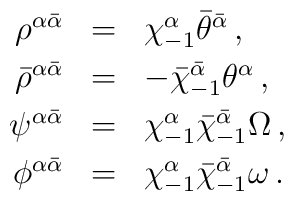
\renewcommand{\arraystretch}{1.2}  \begin{array}{rcl}    \rho^{\alpha\bar\alpha} &=& \chi^\alpha_{-1}    \bar\theta^{\bar\alpha}\,, \\    \bar\rho^{\alpha\bar\alpha} &=& -\bar\chi^{\bar\alpha}_{-1}    \theta^\alpha\,, \\    \psi^{\alpha\bar\alpha} &=&     \chi^\alpha_{-1}\bar\chi^{\bar\alpha}_{-1}\Omega\,, \\    \phi^{\alpha\bar\alpha} &=&     \chi^\alpha_{-1}\bar\chi^{\bar\alpha}_{-1}\omega\,.  \end{array}